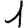
Digit: 1